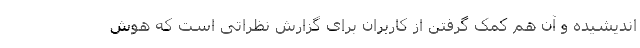
اندیشیده و آن هم کمک گرفتن از کاربران برای گزارش نظراتی است که هوش